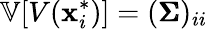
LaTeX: \mathbb{V}[V(\mathbf{x}_{i}^{*})]=({\pmb{\Sigma}})_{ii}